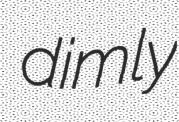
dimly